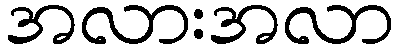
အလားအလာ